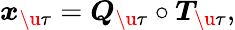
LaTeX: \boldsymbol{x}_{\u{\tau}}=\boldsymbol{Q}_{\u{\tau}}\circ\boldsymbol{T}_{\u{\tau}},